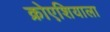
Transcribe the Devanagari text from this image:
क्रोएशियाला